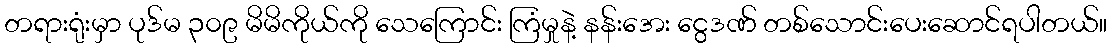
တရားရုံးမှာ ပုဒ်မ ၃၀၉ မိမိကိုယ်ကို သေကြောင်း ကြံမှုနဲ့ နန်းအေး ငွေဒဏ် တစ်သောင်းပေးဆောင်ရပါတယ်။